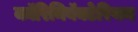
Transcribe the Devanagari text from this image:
कॉरिनिबॅक्टेरियम